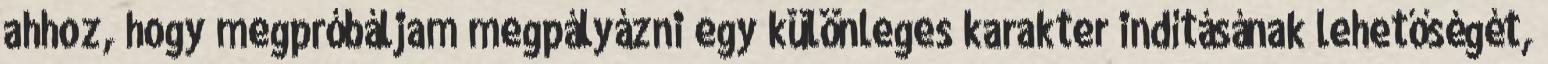
ahhoz, hogy megpróbáljam megpályázni egy különleges karakter indításának lehetőségét,